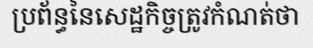
ប្រព័ន្ធនៃសេដ្ឋកិច្ចត្រូវកំណត់ថា